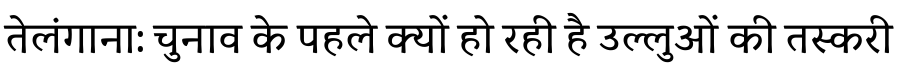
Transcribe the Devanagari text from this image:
तेलंगाना: चुनाव के पहले क्यों हो रही है उल्लुओं की तस्करी